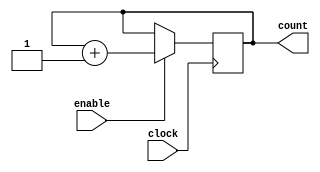
//8 bit Counter
`timescale 1ns / 100ps //unit time is 1ns, resolution 100ps

module counter_8 (clock, enable, count);

	//--Declare ports--
	parameter BIT_SZ = 8;
	input clock;
	input enable;
	output [BIT_SZ-1:0] count;

	reg [BIT_SZ-1:0] count;

	initial count = 0;

	always @ (posedge clock)
		if(enable == 1'b1)
			count <= count + 1'b1;
		
endmodule // counter_8